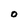
Character: 0